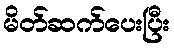
မိတ်ဆက်ပေးပြီး